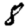
Digit: 8